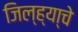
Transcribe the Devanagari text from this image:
जिल्ह्या्चे